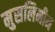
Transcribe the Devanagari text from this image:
मुसलिमीन